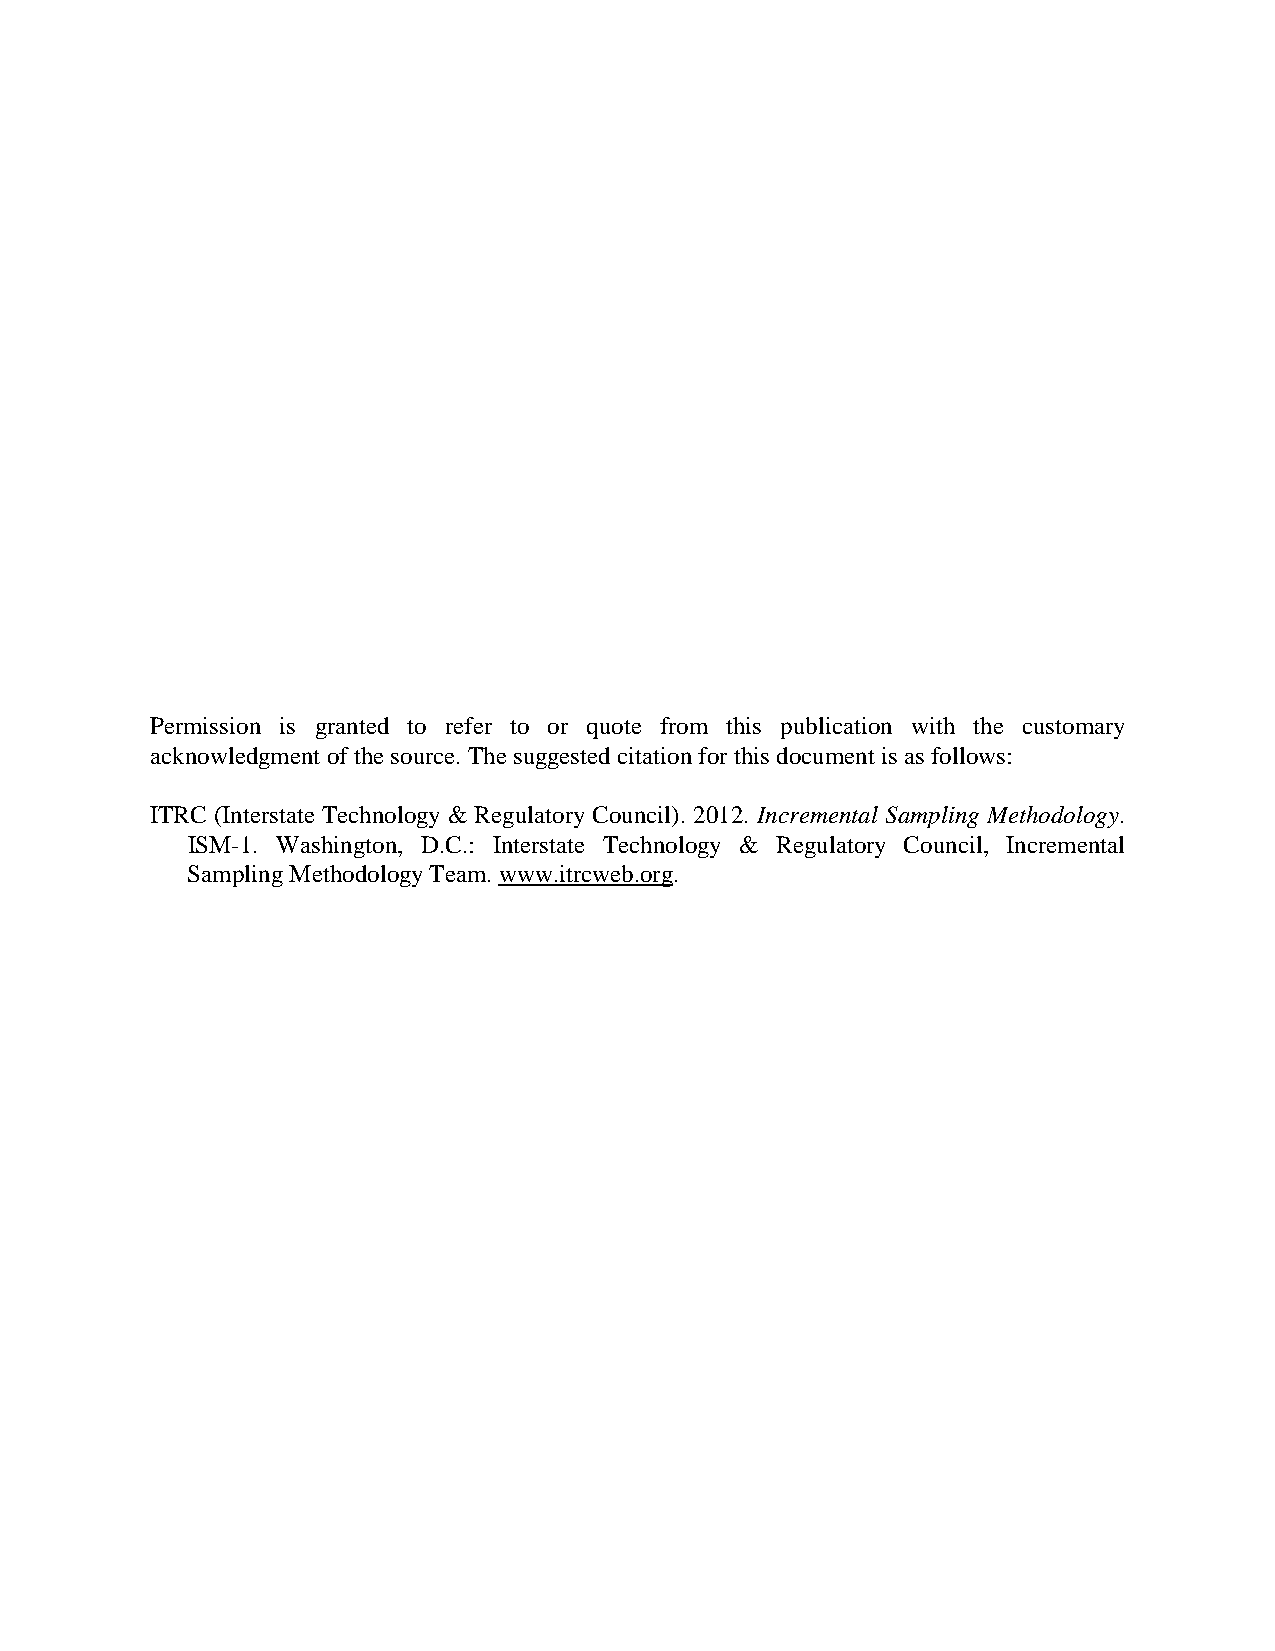
Permission is granted to refer to or quote from this publication with the customary
 acknowledgment of the source. The suggested citation for this document is as follows:
 ITRC (Interstate Technology & Regulatory Council). 2012. Incremental Sampling Methodology.
 ISM-1. Washington, D.C.: Interstate Technology & Regulatory Council, Incremental
 Sampling Methodology Team. www.itrcweb.org.